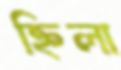
হ্নিলা